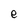
Character: e